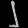
Digit: ၂